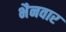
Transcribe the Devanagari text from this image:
भैनवार